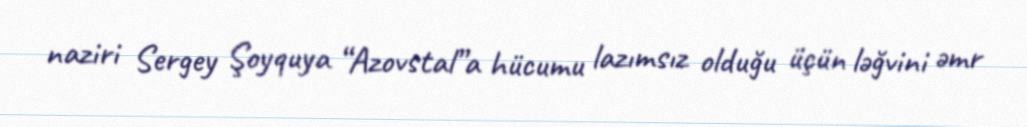
naziri Sergey Şoyquya “Azovstal”a hücumu lazımsız olduğu üçün ləğvini əmr